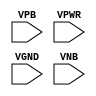
module sky130_fd_sc_hdll__tapvgnd (
    //# {{power|Power}}
    input VPB ,
    input VPWR,
    input VGND,
    input VNB
);
endmodule